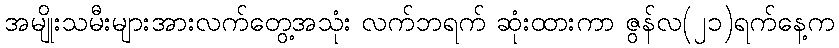
အမျိုးသမီးများအားလက်တွေ့အသုံး လက်ဘရက် ဆုံးထားကာ ဇွန်လ(၂၁)ရက်နေ့က